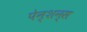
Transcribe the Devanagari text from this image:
पेन्शन्स